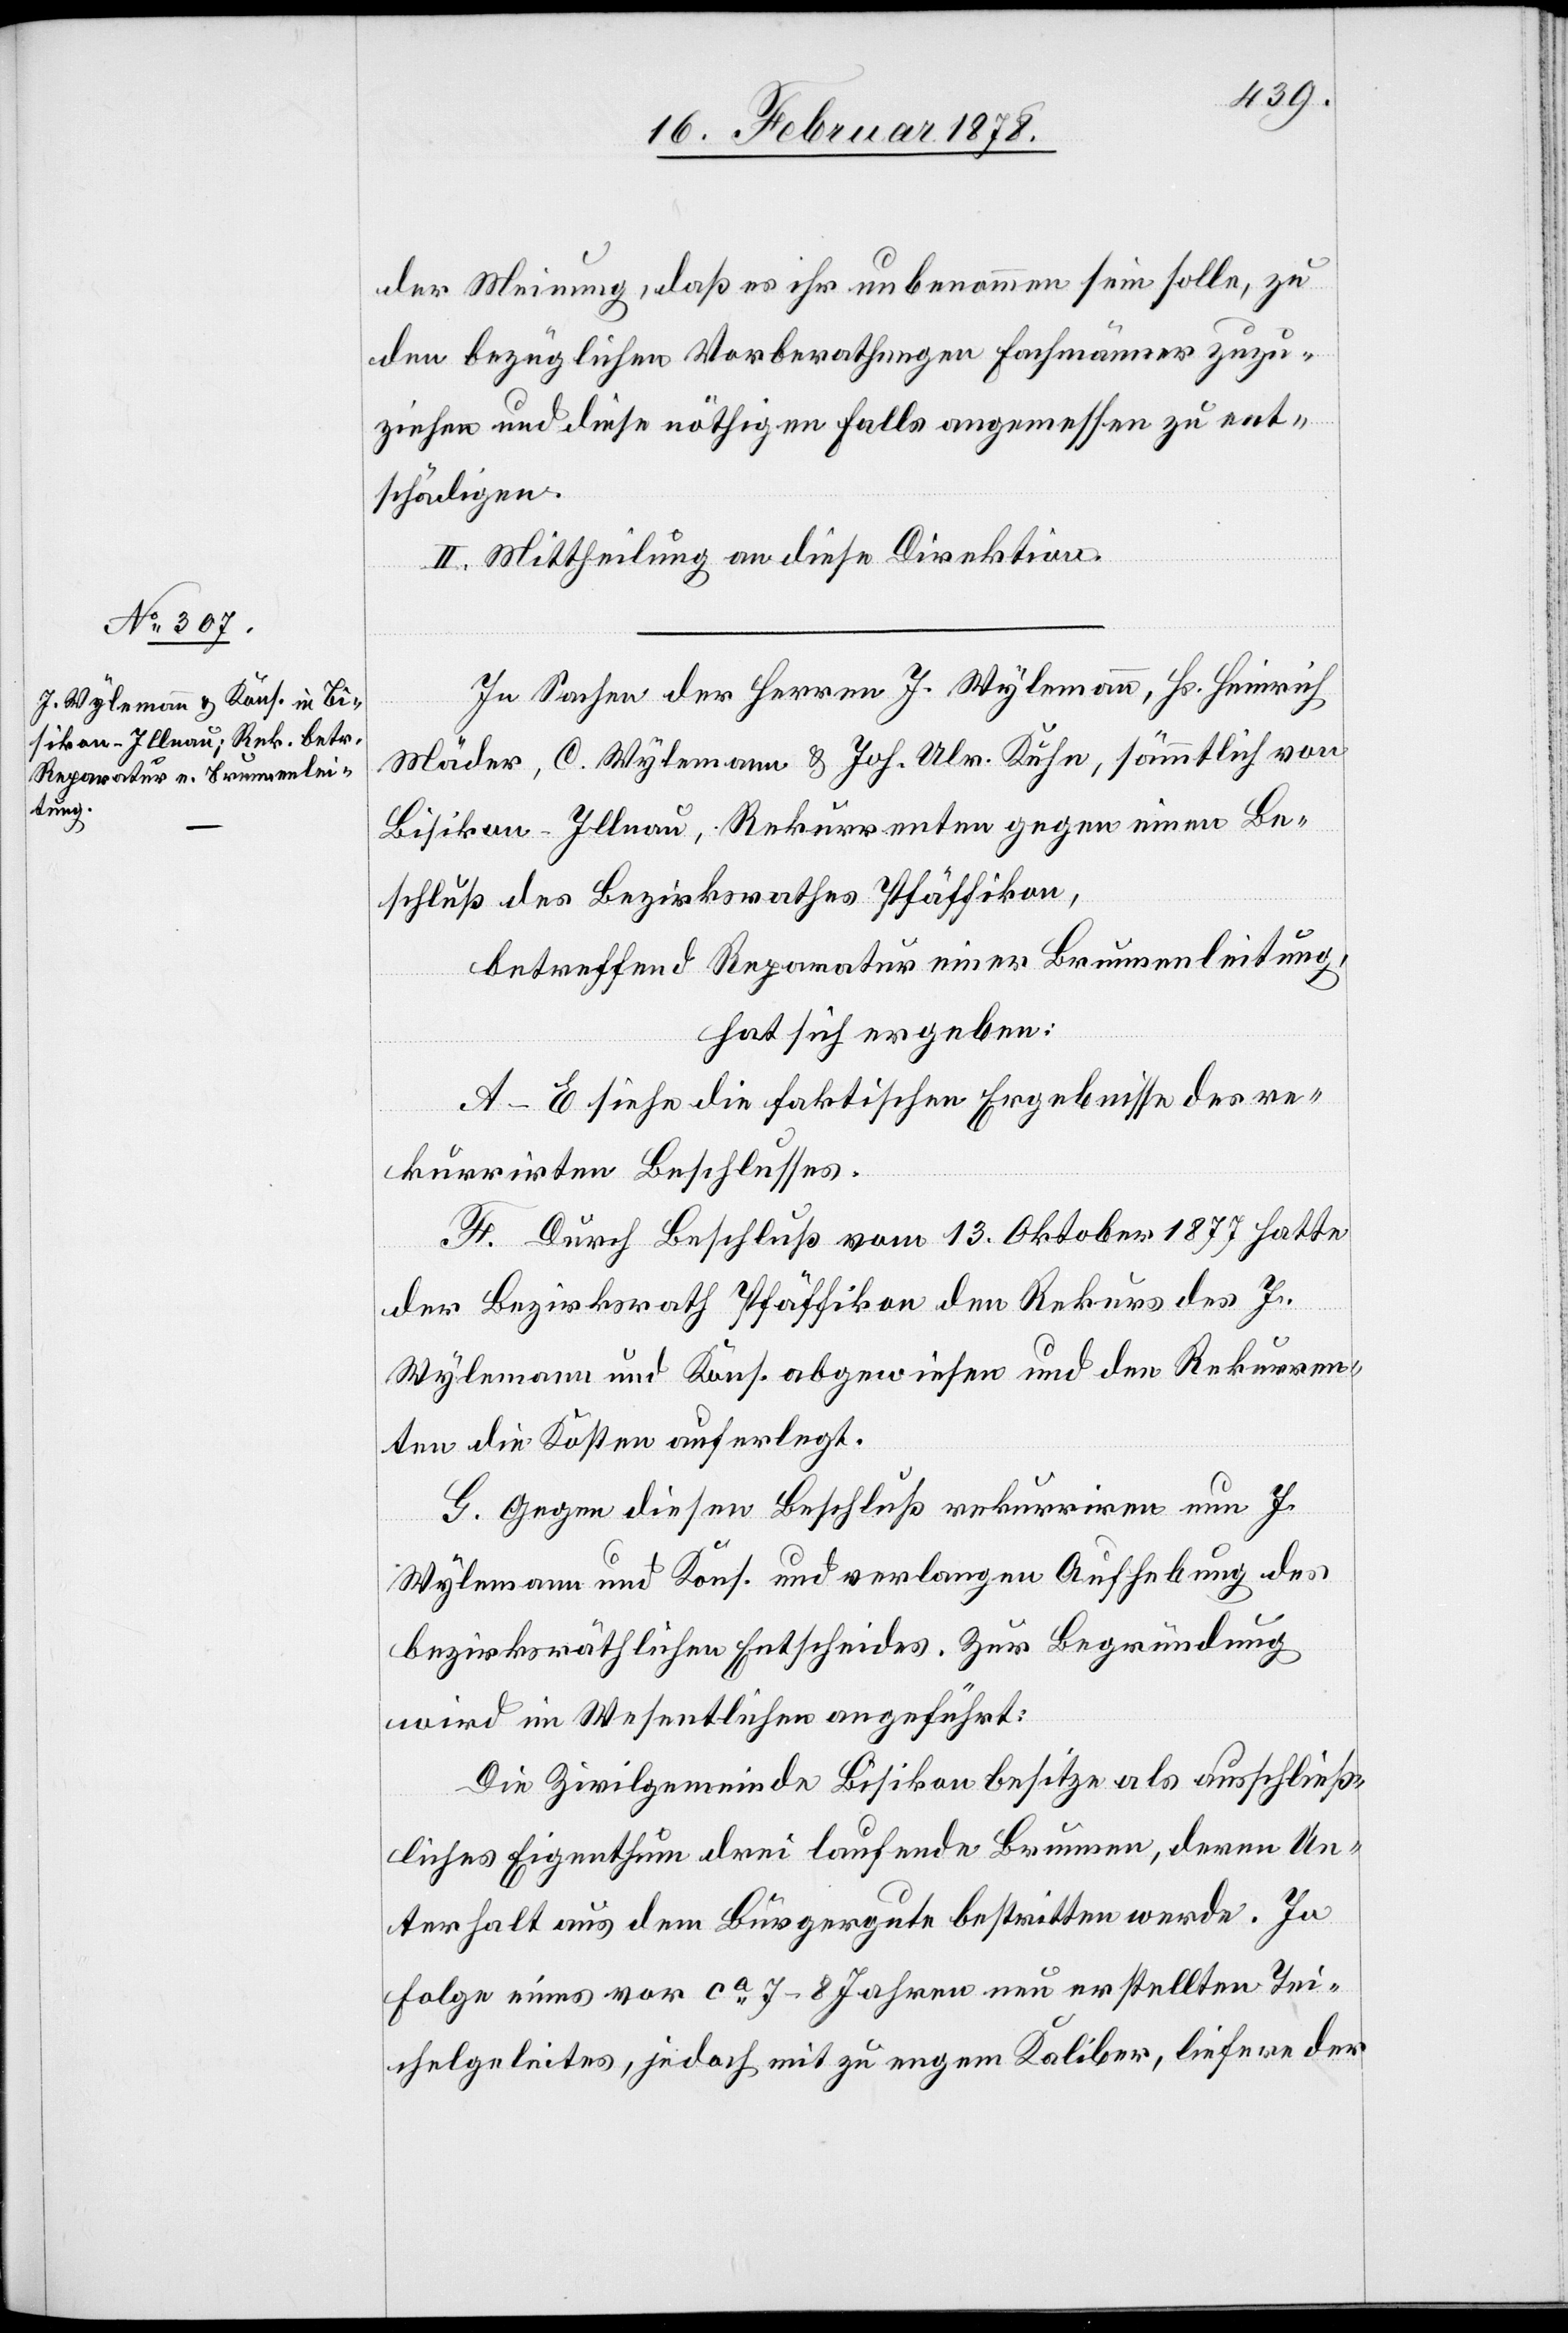
der Meinung, daß es ihr unbenommen sein solle, zu
den bezüglichen Vorberathungen Fachmänner zuzu¬
ziehen und diese nöthigenfalls angemessen zu ent¬
schädigen.
II. Mittheilung an diese Direktion.
In Sachen der Herrn J. Wylemann, Hs. Heinrich
Mäder, C. Wylemann & Joh. Ulr. Kuhn, sämmtlich von
Bisikon - Illnau, Rekurrenten gegen einen Be¬
schluß des Bezirksrathes Pfäffikon,
betreffend Reparatur einer Brunnenleitung,
hat sich ergeben:
A–E Siehe die faktischen Ergebnisse des re¬
kurrirten Beschlusses.
F. Durch Beschluß vom 13. Oktober 1877 hatte
der Bezirksrath Pfäffikon den Rekurs des J.
Wylemann und Kons. abgewiesen und den Rekurren¬
ten die Kosten auferlegt.
G. Gegen diesen Beschluß rekurriren nun J.
Wylemann und Kons. und verlangen Aufhebung des
bezirksräthlichen Entscheides. Zur Begründung
wird im Wesentlichen angeführt:
Die Zivilgemeinde Bisikon besitze als ausschließ¬
liches Eigenthum drei laufende Brunnen, deren Un¬
terhalt aus dem Bürgergute bestritten werde. In
Folge eines vor ca 7–8 Jahren neu erstellten Tei¬
chelgeleites, jedoch mit zu engem Kaliber, liefere der